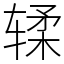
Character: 𫐓